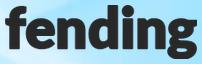
fending